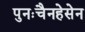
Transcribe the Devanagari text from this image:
पुनःचैनहेसेन